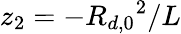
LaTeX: z_{2}=-{R_{d,0}}^{2}/L